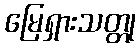
မြေရှားသတ္တု